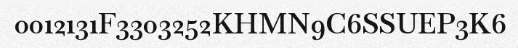
0012131F3303252KHMN9C6SSUEP3K6